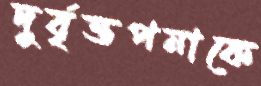
দুর্বৃত্তপনাকে